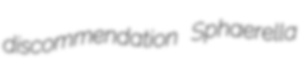
discommendation Sphaerella